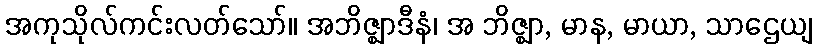
အကုသိုလ်ကင်းလတ်သော်။ အဘိဇ္ဈာဒီနံ၊ အ ဘိဇ္ဈာ, မာန, မာယာ, သာဌေယျ